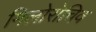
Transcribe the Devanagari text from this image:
मिलोरोचिव